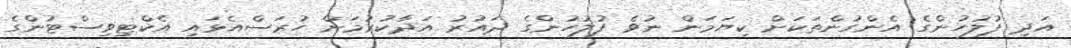
އަދި ފުލުހުންގެ އެންގުންތަކަށް ކިޔަމަން ނުވެ ފުލުހުންގެ ދައުރު އަދާކުރުމަށް ހުރަސްއެޅައި އެކްޓިވިސްޓުންގެ